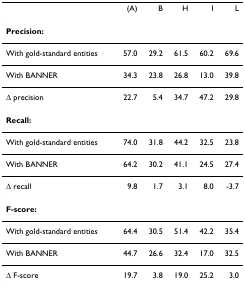
|  | (A) | B | H | I | L |
 | --- | --- | --- | --- | --- | --- |
 | Precision: |  |  |  |  |  |
 | With gold-standard entities | 57.0 | 29.2 | 61.5 | 60.2 | 69.6 |
 | With BANNER | 34.3 | 23.8 | 26.8 | 13.0 | 39.8 |
 | Δ precision | 22.7 | 5.4 | 34.7 | 47.2 | 29.8 |
 | Recall: |  |  |  |  |  |
 | With gold-standard entities | 74.0 | 31.8 | 44.2 | 32.5 | 23.8 |
 | With BANNER | 64.2 | 30.2 | 41.1 | 24.5 | 27.4 |
 | Δ recall | 9.8 | 1.7 | 3.1 | 8.0 | -3.7 |
 | F-score: |  |  |  |  |  |
 | With gold-standard entities | 64.4 | 30.5 | 51.4 | 42.2 | 35.4 |
 | With BANNER | 44.7 | 26.6 | 32.4 | 17.0 | 32.5 |
 | Δ F-score | 19.7 | 3.8 | 19.0 | 25.2 | 3.0 |